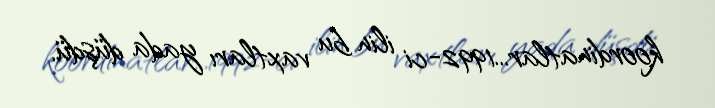
koordinatlar...1992-ci ilin bu vaxtları yada düşdü.